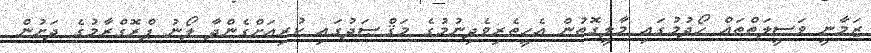
ޒަމާނީ ވަސީލަތްތައް ހޯދުމުގައި މާލީގޮތުން އެހީތެރިވެދިނުމުގެ މަޤްޞަދުގައި ކުރިއަށްގެންދާ ލޯނު ޕްރޮގްރާމުގެ ދަށުން